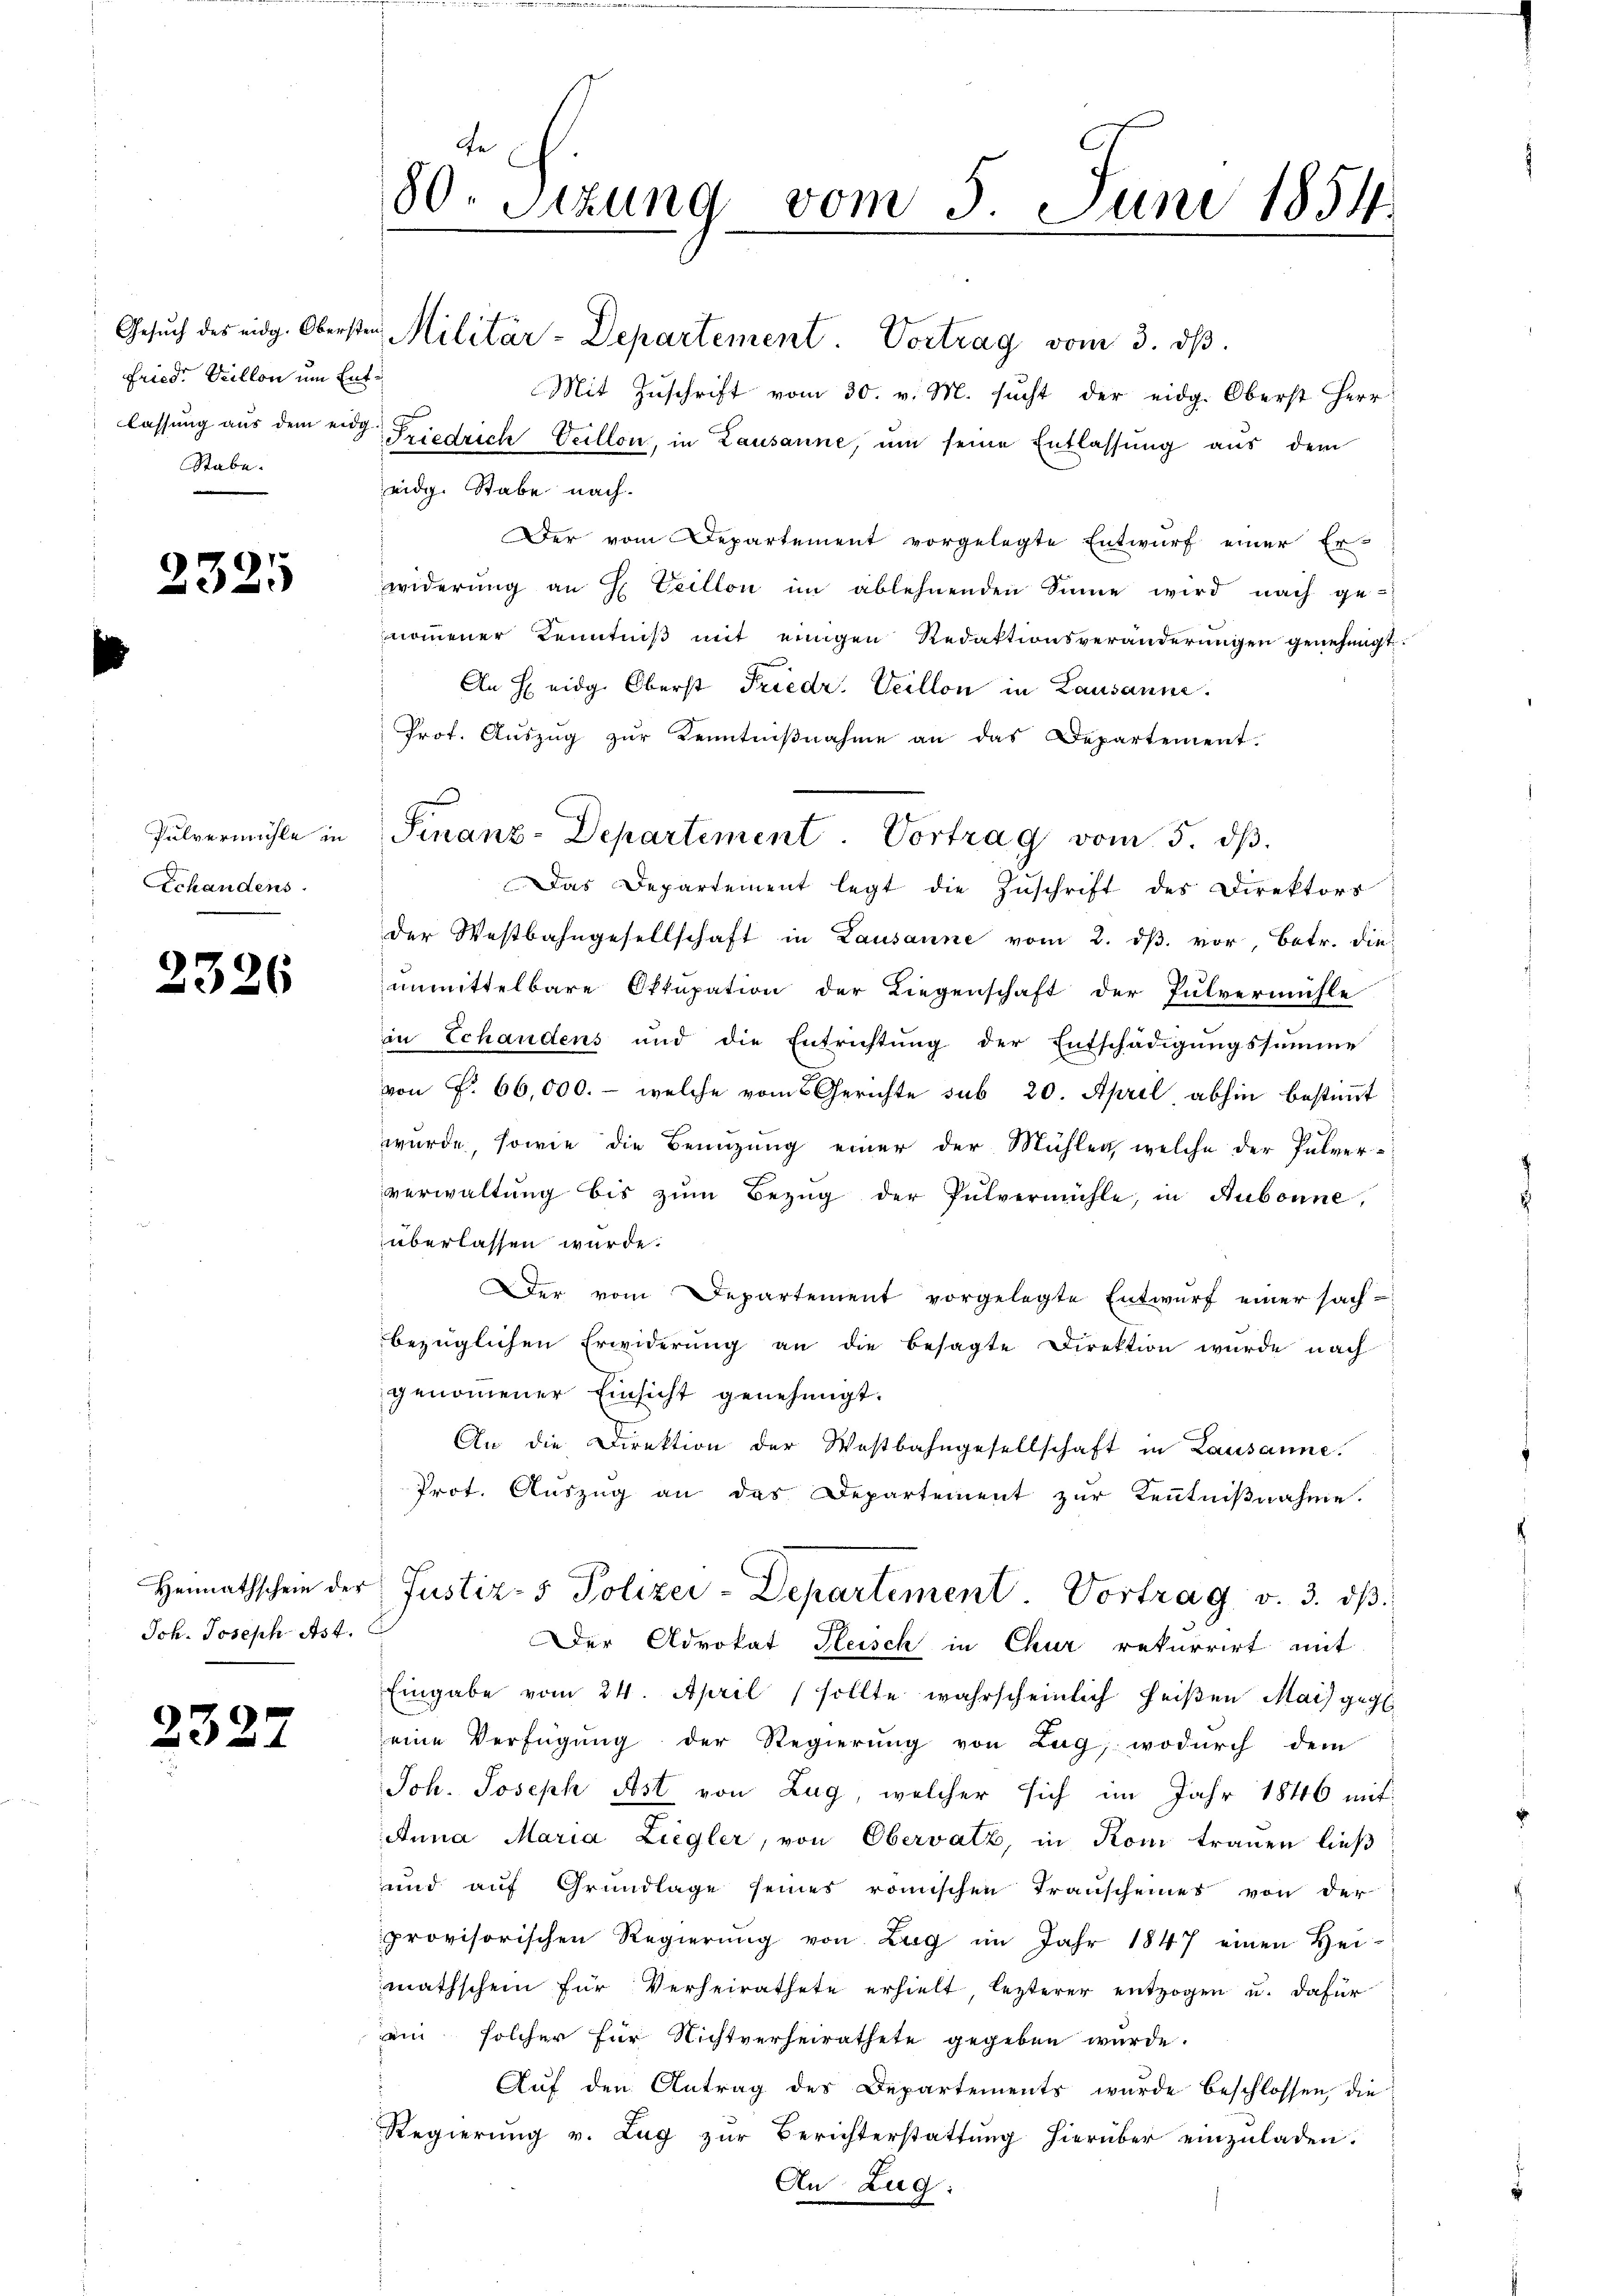
Fried. Veillon um Ent¬
Stabe.

2321

Schandens

2326

Joh. Joseph Ast.

2327

80 Sizung vom 5. Juni 1854.
.

Gesŭch des eidg. Obersten Militär-Departement. Vortrag vom 3. dβ.
Mit Zuschrift vom 30. v. M. sucht der eidg. Oberst Herr
lassung aus dem er Friedrich Veillon, in Lausanne, um seine Entlassung aus dem
eidg. Stabe nach.
Der vom Departement vorgelegte Entwurf einer Er-
widerŭng an H. Teillon im ablehnenden Sinne wird nach ge-
nommener Kenntniß mit einigen Redaktionsveränderungen genehmigt.
An Heidg. Oberst Friedr. Veillon in Lausanne.
Prot. Aŭszŭg zŭr Kenntniβnahme an das Departement.
Das Departement legt die Zuschrift des Direktors
der Westbahngesellschaft in Lausanne vom 2. dβ. vor, Betr. die
unmittelbare Oktupation der Liegenschaft der Pulvermühle
in Echandens und die Entrichtung der Entschädigungssumme
von P. 66,000.- welche vom Gerichte sub 20. April, abhin bestimmt
wurde, sowie die Benützung einer der Mühlen, welche der Pulver-
verwaltung bis zŭm Bezug der Pulvermühle, in Hubonne,
überlassen würde.
Der vom Departement vorgelegte Entwurf einer sach-
bezüglichen Erwiderŭng an die besagte Direktion wurde nach
genommener Einsicht genehmigt.
An die Direktion der Westbahngesellschaft in Lausanne.
Prot. Auszug an das Departement zur Kenntnißnahme.
Heimathschein der Justiz- & Polizei-Departement Vortrag v. 3. dβ.
Der Advokat Heisch in Chur rekurrirt mit
Eingabe vom 24. April sollte wahrscheinlich heißen Mai geg
eine Verfügung der Regierung von Zug, wodurch dem
Joh. Joseph Post von Zug, welcher sich im Jahr 1846 mit
Anna Maria Liegler, von Obervatz, in Koni trauen ließ
und auf Grundlage seines römischen Transcheines von der
provisorischen Regierung von Zug im Jahr 1847 einen Hei-
mathschein für Verheirathete erhielt lezterer entzogen u. dafür
ein solcher für Nichtverheirathete gegeben wurde.
Aŭf den Antrag des Departements wurde beschlossen, die
Regierung v. Zug zur Berichterstattung hierüber einzuladen.
An Zug:

Pulvermühle in Finanz-Departement. Vortrag vom 5. ds.